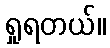
ရှုရတယ်။